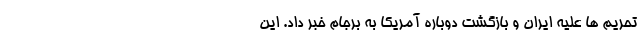
تحریم ها علیه ایران و بازگشت دوباره آمریکا به برجام خبر داد. این